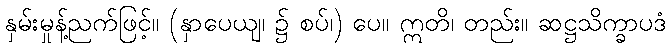
နှမ်းမှုန့်ညက်ဖြင့်။ (နှာပေယျ၊ ၌ စပ်၊) ပေ။ ဣတိ၊ တည်း။ ဆဋ္ဌသိက္ခာပဒံ